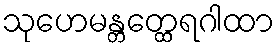
သုဟေမန္တတ္ထေရဂါထာ